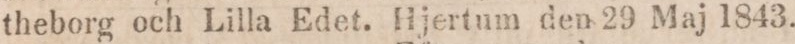
theborg och Lilla Edet. Hjertum den 29 Maj 1843.